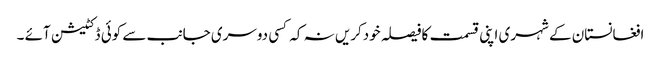
افغانستان کے شہری اپنی قسمت کافیصلہ خودکریں نہ کہ کسی دوسری جانب سے کوئی ڈکٹیشن آئے ۔